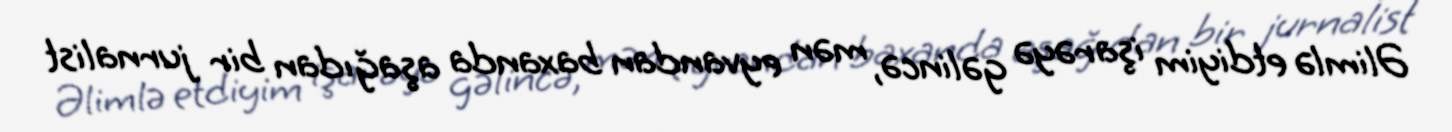
Əlimlə etdiyim işarəyə gəlincə, mən eyvandan baxanda aşağıdan bir jurnalist